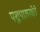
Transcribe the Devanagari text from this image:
पशुपालनक्षेत्रे